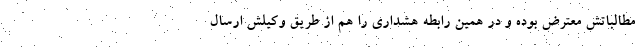
مطالباتش معترض بوده و در همین رابطه هشداری را هم از طریق وکیلش ارسال